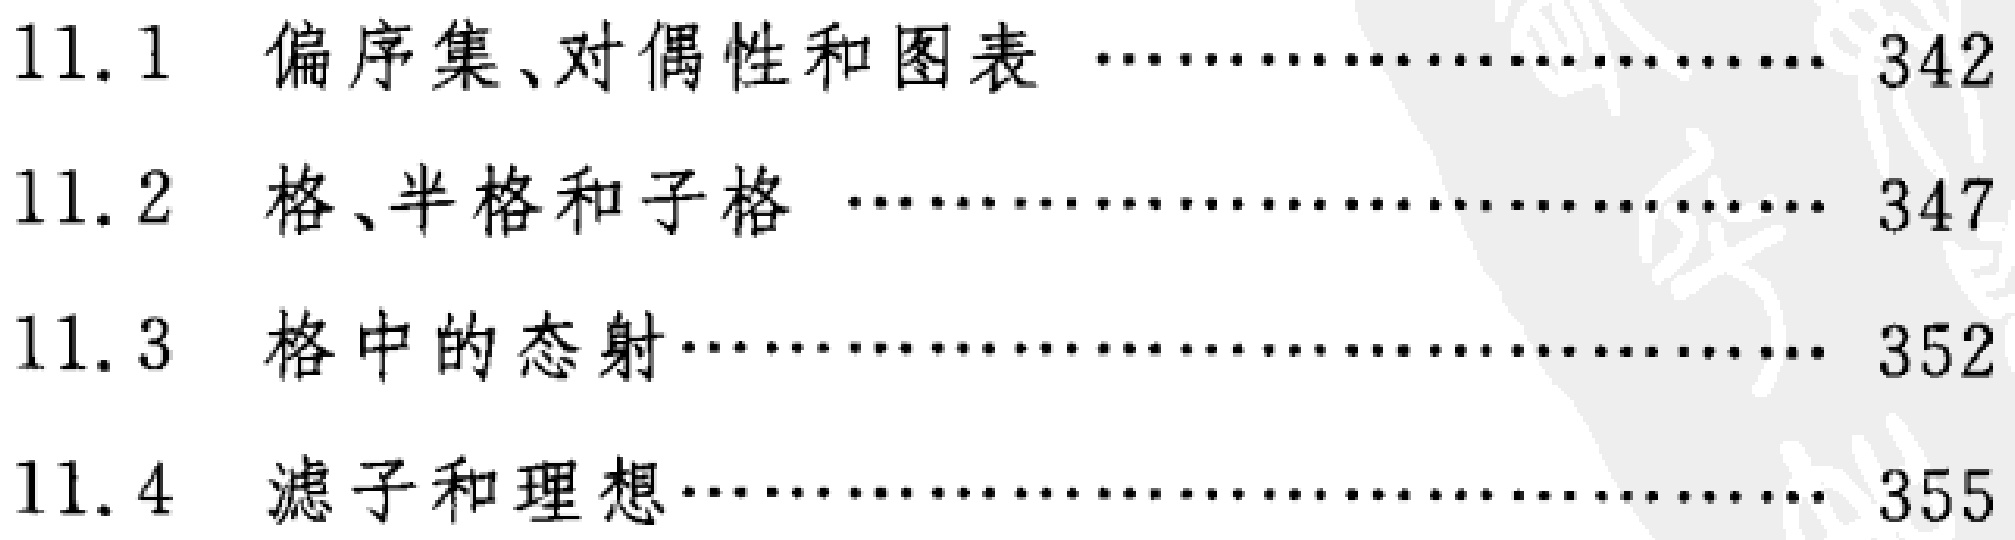
\begin{enumerate}

\item[11.1] 偏序集、对偶性和图表 \hfill 342

\item[11.2] 格、半格和子格 \hfill 347

\item[11.3] 格中的态射 \hfill 352

\item[11.4] 滤子和理想 \hfill 355

\end{enumerate}